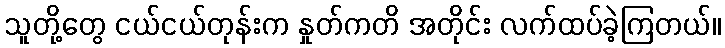
သူတို့တွေ ငယ်ငယ်တုန်းက နှုတ်ကတိ အတိုင်း လက်ထပ်ခဲ့ကြတယ်။